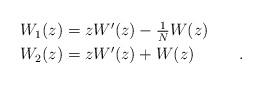
LaTeX: \begin{align*}\begin{array}{l}W_1(z) = z W'(z) - \frac{1}{N} W(z) \vspace{1mm}\\W_2(z) = z W'(z) + W(z) \hspace{1cm} \ .\end{array}\end{align*}